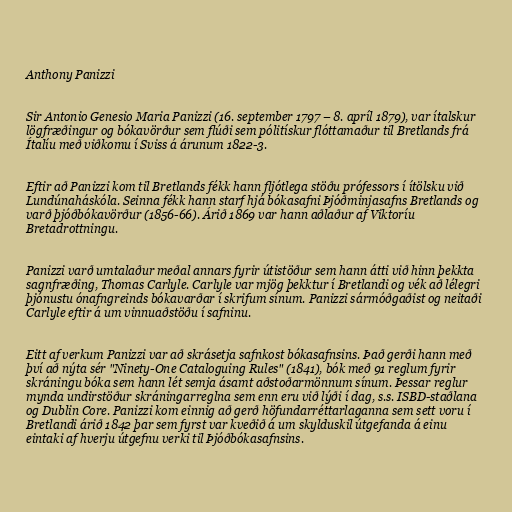
Anthony Panizzi

Sir Antonio Genesio Maria Panizzi (16. september 1797 – 8. apríl 1879), var ítalskur
lögfræðingur og bókavörður sem flúði sem pólitískur flóttamaður til Bretlands frá
Ítalíu með viðkomu í Sviss á árunum 1822-3.

Eftir að Panizzi kom til Bretlands fékk hann fljótlega stöðu prófessors í ítölsku við
Lundúnaháskóla. Seinna fékk hann starf hjá bókasafni Þjóðminjasafns Bretlands og
varð þjóðbókavörður (1856-66). Árið 1869 var hann aðlaður af Viktoríu
Bretadrottningu.

Panizzi varð umtalaður meðal annars fyrir útistöður sem hann átti við hinn þekkta
sagnfræðing, Thomas Carlyle. Carlyle var mjög þekktur í Bretlandi og vék að lélegri
þjónustu ónafngreinds bókavarðar í skrifum sínum. Panizzi sármóðgaðist og neitaði
Carlyle eftir á um vinnuaðstöðu í safninu.

Eitt af verkum Panizzi var að skrásetja safnkost bókasafnsins. Það gerði hann með
því að nýta sér "Ninety-One Cataloguing Rules" (1841), bók með 91 reglum fyrir
skráningu bóka sem hann lét semja ásamt aðstoðarmönnum sínum. Þessar reglur
mynda undirstöður skráningarreglna sem enn eru við lýði í dag, s.s. ISBD-staðlana
og Dublin Core. Panizzi kom einnig að gerð höfundarréttarlaganna sem sett voru í
Bretlandi árið 1842 þar sem fyrst var kveðið á um skylduskil útgefanda á einu
eintaki af hverju útgefnu verki til Þjóðbókasafnsins.